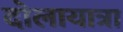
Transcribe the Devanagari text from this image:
दोलायात्रा